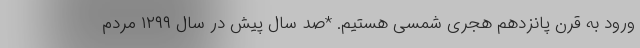
ورود به قرن پانزدهم هجری شمسی هستیم. *صد سال پیش در سال ۱۲۹۹ مردم